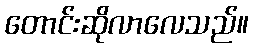
တောင်းဆိုလာလေသည်။